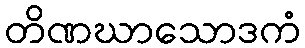
တိဏဃာသောဒကံ